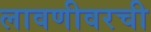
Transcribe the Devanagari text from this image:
लावणीवरची